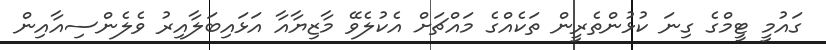
ގައުމީ ޓީމްގެ ގިނަ ކުޅުންތެރީން ތަކެއްގެ މައްޗަށް އެކުލެވޭ މާޒިޔާއާ އަޅައިބަލާއިރު ވެލެންސިއާއިން